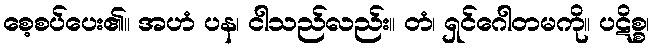
စေ့စပ်ပေး၏။ အဟံ ပန၊ ငါသည်လည်း။ တံ၊ ရှင်ဂေါတမကို။ ပဋိစ္စ၊